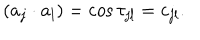
( a _ { j } \cdot a _ { l } ) = \cos \tau _ { j l } = c _ { j l } .